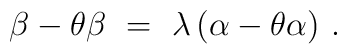
\beta - \theta\beta~=~\lambda \, (\alpha - \theta\alpha)~.